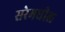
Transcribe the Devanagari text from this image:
सरेमधील